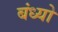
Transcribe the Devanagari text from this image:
बंध्यो